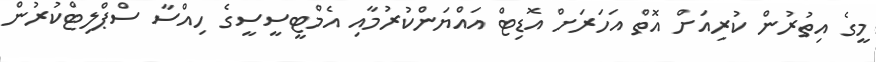
މީގެ އިތުރުން ކުރިއަށް އޮތް އަހަރަށް އޮޑިޓް އައްޔަންކުރުމާއި އެމްޓީސީސީގެ ހިއްސާ ސްޕްލިޓްކުރުން